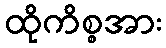
ထိုကိစ္စအား